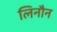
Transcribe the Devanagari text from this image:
लिनौन